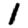
Digit: 1